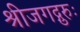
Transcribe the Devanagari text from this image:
श्रीजगद्गुरुः